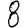
Digit: 8